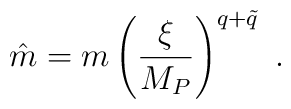
\hat m = m \left( {\xi \over M_P} \right)^{q+ \tilde q} \ .